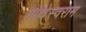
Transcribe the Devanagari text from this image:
माल्लेस्वराम